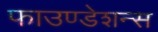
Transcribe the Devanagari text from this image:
फाउण्डेशन्स